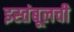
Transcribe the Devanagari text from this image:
इस्तंबूलची